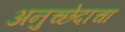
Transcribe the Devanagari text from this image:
अनुच्छेदाचा